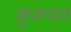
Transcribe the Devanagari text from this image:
कुरुपत